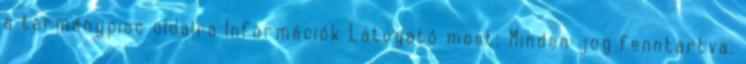
a terménypiac oldalra Információk Látogató most: Minden jog fenntartva.